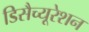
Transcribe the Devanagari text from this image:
डिसैच्यूरेशन